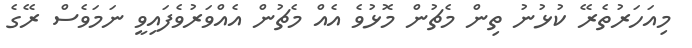
މިއަހަރުތެރޭ ކުޅުނު ތިން މެޗުން މޮޅުވެ އެއް މެޗުން އެއްވަރުވެފައިވީ ނަމަވެސް ރޭގެ